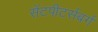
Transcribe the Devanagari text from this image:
सेंटपीटर्सबर्ग